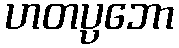
ဟတပ္ပဘော